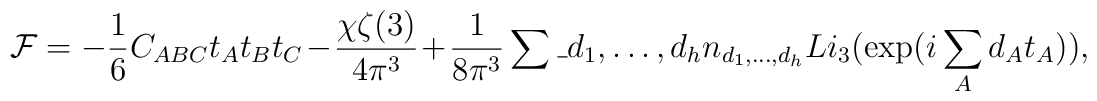
{\cal F} = -\frac16 C_{ABC}t_A t_B t_C - \frac{\chi \zeta(3)}{4 \pi^3}+ \frac{1}{8 \pi^3} \sum\_{d_1, \ldots, d_h} n_{d_1, \ldots, d_h}Li_3(\exp( i \sum_A d_A t_A )),